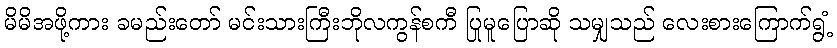
မိမိအဖို့ကား ခမည်းတော် မင်းသားကြီးဘိုလကွန်စကီ ပြုမူပြောဆို သမျှသည် လေးစားကြောက်ရွံ့